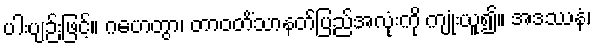
ပါးပျဉ်းဖြင့်။ ဂဟေတွာ၊ တာဝတိံသာနတ်ပြည်အလုံးကို ကျုံးယူ၍။ အဒဿနံ၊